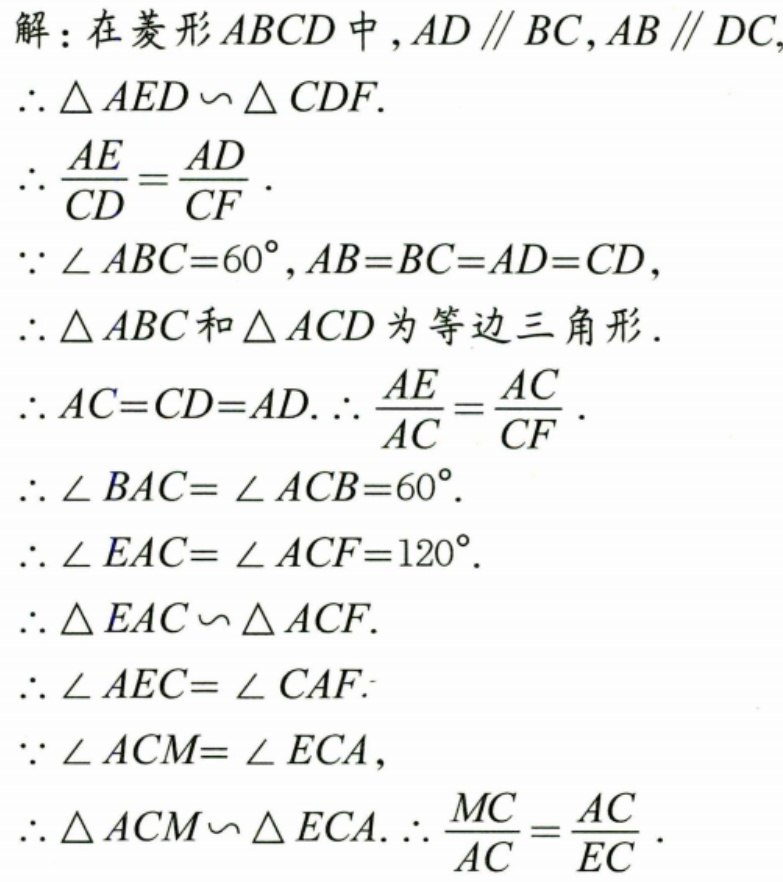
解：在菱形\(ABCD\)中，\(AD\parallel BC\)，\(AB\parallel DC\)，
\(\therefore\triangle AED\backsim\triangle CDF\).
\(\therefore\frac{AE}{CD}=\frac{AD}{CF}\).
\(\because\angle ABC = 60^{\circ}\)，\(AB = BC = AD = CD\)，
\(\therefore\triangle ABC\)和\(\triangle ACD\)为等边三角形.
\(\therefore AC = CD = AD\). \(\therefore\frac{AE}{AC}=\frac{AC}{CF}\).
\(\therefore\angle BAC=\angle ACB = 60^{\circ}\).
\(\therefore\angle EAC=\angle ACF = 120^{\circ}\).
\(\therefore\triangle EAC\backsim\triangle ACF\).
\(\therefore\angle AEC=\angle CAF\).
\(\because\angle ACM=\angle ECA\)，
\(\therefore\triangle ACM\backsim\triangle ECA\). \(\therefore\frac{MC}{AC}=\frac{AC}{EC}\).